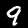
Label: 9